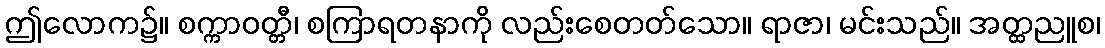
ဤလောက၌။ စက္ကာဝတ္တီ၊ စကြာရတနာကို လည်းစေတတ်သော။ ရာဇာ၊ မင်းသည်။ အတ္ထညူစ၊